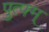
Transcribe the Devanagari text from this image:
पुत्फ्म्